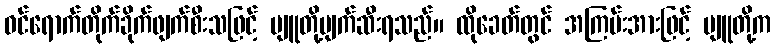
ဝင်ရောက်တိုက်ခိုက်ဖျက်စီးသဖြင့် ပျူတို့ပျက်ဆီးရသည်။ ထိုခေတ်တွင် အကြမ်းအားဖြင့် ပျူတို့က